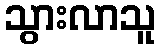
သွားလာသူ